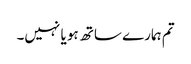
تم ہمارے ساتھ ہو یا نہیں۔